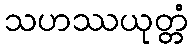
သဟဿယုတ္တံ